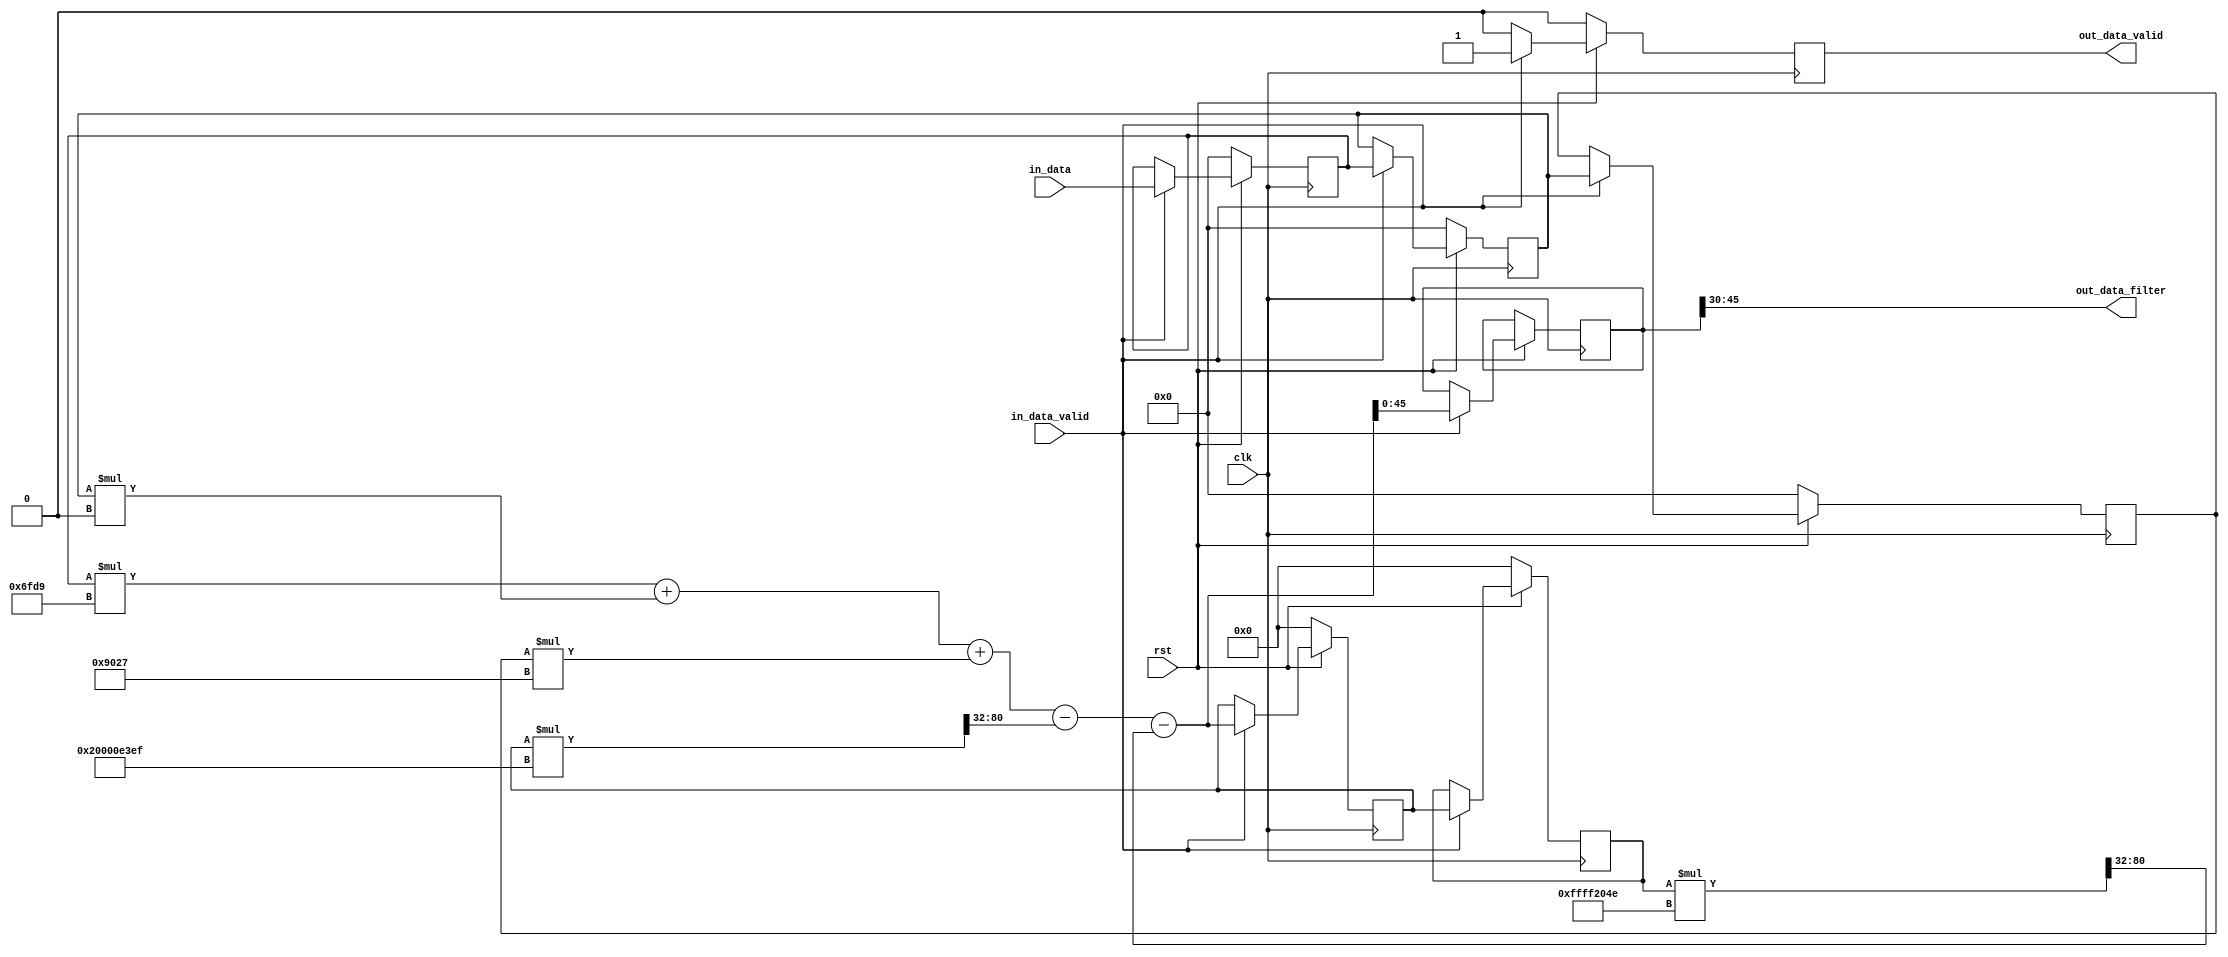
module passband_filter(rst,
							clk,
							in_data_valid,
							in_data,
							out_data_valid,
							out_data_filter
							);
input wire rst;
input wire clk;
input wire in_data_valid;
input wire signed [15:0] in_data;

output reg out_data_valid;

output wire [15:0] out_data_filter;

reg [45:0] out_data;

reg signed [32:0] b0 = 33'd28633; //33'd28633; 
reg signed [32:0] b1 = 33'd0; //33'd0;
reg signed [32:0] b2 = -33'd28633; //-33'd28633;
reg signed [34:0] a1 = -35'd8589876241;//-35'd8589876241; //sum at the equationing
reg signed [34:0] a2 = 35'd4294910030; //35'd4294910030;

reg signed [15:0] x_n = 0;
reg signed [15:0] x_n1 = 0;
reg signed [15:0] x_n2 = 0;

reg signed [48:0] y_n = 0;
reg signed [48:0] y_n1 = 0;
reg signed [48:0] y_n2 = 0;

assign out_data_filter = out_data[45:30];
					
						
reg signed [83:0] ya1 = 0,
						ya2 = 0,
						y_a1_q84 = 0,
						y_a2_q84 = 0;

reg signed [48:0] ya1_q47 = 0, ya2_q47 = 0;
						
reg signed [48:0] xb0 = 0, xb1 = 0, xb2 = 0;

always@(posedge clk) begin 
	if(rst == 0) begin
		out_data_valid <= 1'b0;	
		x_n <= 0;	
		x_n1 <= 0;
		x_n2 <= 0;
		y_n1 <= 0;
		y_n2 <= 0;
	end 
	else begin 
		if(in_data_valid) begin 
			out_data_valid <= 1'b1;
			x_n <= in_data;
			out_data <= y_n;
			
			x_n1 <= x_n;
			x_n2 <= x_n1;
			y_n1 <= y_n;
			y_n2 <= y_n1;
		end 
		else begin 
			out_data_valid <= 1'b0;
		end
	end 
end

// Multiplication of the input variables x[n], x[n-1] and x[n-2] in the format of Q1.15 
// by Q1.32 coefficients b0, b1 and b2.
//    Q2.32 coefficients a0 a1
// The result is Q3.47
always@* begin 
	xb0 <= x_n * b0;
	xb1 <= x_n1 * b1;
	xb2 <= x_n2 * b2;
end

// The output y[n] is in Q2.47
always@* begin 
	//	
	ya1 <= (y_n1 * a1); // Q2.47 * Q3.32 = Q5.79. 
	ya2 <= (y_n2 * a2);
	
	// Converter Q5.79 para Q2.47
	y_a1_q84 <= ya1 << 3;
	ya1_q47 <= y_a1_q84[83:83-48];
	
	y_a2_q84 <= ya2 << 3;
	ya2_q47 <= y_a2_q84[83:83-48];
	
	// This data is in Q2.47 format
	y_n <= xb0 + xb1 + xb2 - ya1_q47 - ya2_q47; 
	
end

endmodule